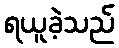
ရယူခဲ့သည်